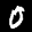
Label: 0